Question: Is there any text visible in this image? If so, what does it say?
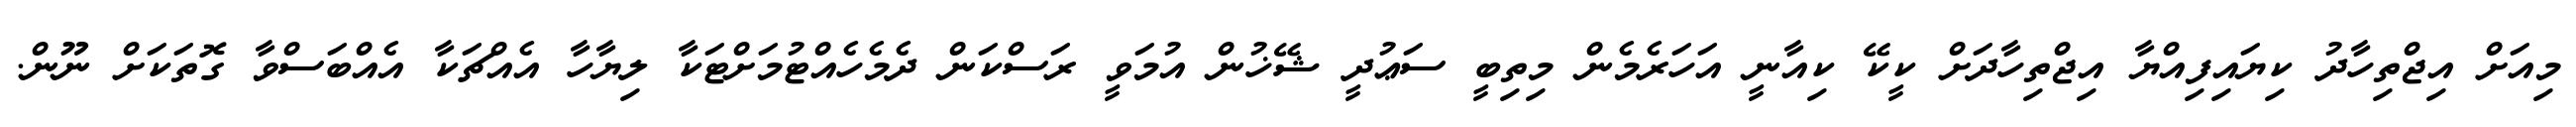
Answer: މިއަށް އިޖްތިހާދު ކިޔައިފިއްޔާ އިޖްތިހާދަށް ކީކޭ ކިއާނީ އަހަރެމެން މިތިބީ ސަޢުދީ ޝޭޚުން އުމަވީ ރަސްކަން ދެމެހެއްޓުމަށްޓަކާ ލިޔާހާ އެއްޗަކާ އެއްބަސްވާ ގޮތަކަށް ނޫން.